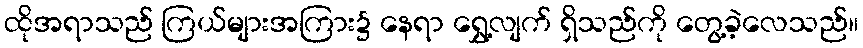
ထိုအရာသည် ကြယ်များအကြား၌ နေရာ ရွှေ့လျက် ရှိသည်ကို တွေ့ခဲ့လေသည်။